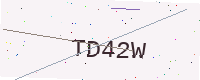
Text: TD42W